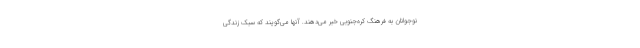
نوجوانان به فرهنگ کره‌جنوبی خبر می‌دهند. آنها می‌گویند که سبک زندگی